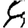
Digit: 8